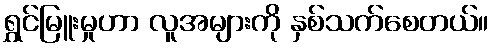
ရွှင်မြူးမှုဟာ လူအများကို နှစ်သက်စေတယ်။